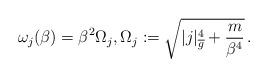
LaTeX: \begin{align*}\omega_j(\beta) = \beta^2 \Omega_j, \Omega_j := \sqrt{|j|^4_{\overline g} + \frac{m}{\beta^4}}\,.\end{align*}